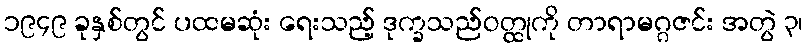
၁၉၄၉ ခုနှစ်တွင် ပထမဆုံး ရေးသည့် ဒုက္ခသည်ဝတ္ထုကို တာရာမဂ္ဂဇင်း အတွဲ ၃၊